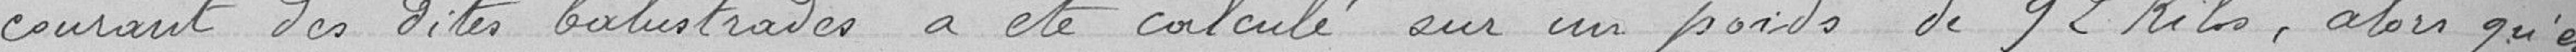
courant des dites balustrades a été calculé sur un poids de 92 kilogrammes, alors qu'en